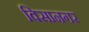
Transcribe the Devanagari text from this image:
विसानगर